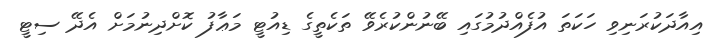
އިއާދަކުރަނިވި ހަކަތަ އުފެއްދުމުގައި ބޭނުންކުރެވޭ ތަކެތީގެ ޑިއުޓީ މަޢާފު ކޮށްދިނުމަށް އެދޭ ސިޓީ